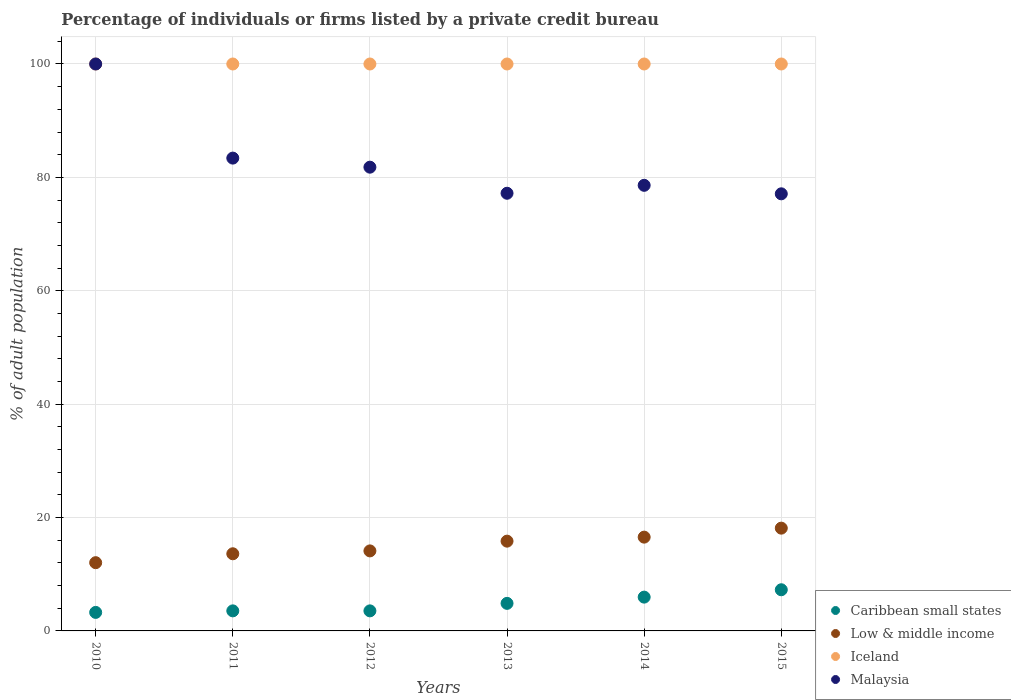
| Years | Caribbean small states | Low & middle income | Iceland | Malaysia |
 | --- | --- | --- | --- | --- |
 | 2010 | 3.27 | 12 | 100 | 100 |
 | 2011 | 3.54 | 13.6 | 100 | 83.4 |
 | 2012 | 3.54 | 14.1 | 100 | 81.8 |
 | 2013 | 4.86 | 15.8 | 100 | 77.2 |
 | 2014 | 5.96 | 16.5 | 100 | 78.6 |
 | 2015 | 7.26 | 18.1 | 100 | 77.1 |